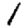
Digit: 1